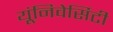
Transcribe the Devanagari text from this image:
यूंनिवेर्सिटी